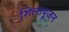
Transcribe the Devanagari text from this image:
शिलापूजन